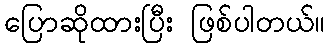
ပြောဆိုထားပြီး ဖြစ်ပါတယ်။